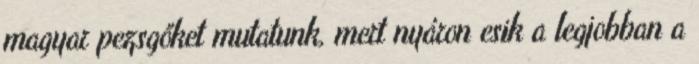
magyar pezsgőket mutatunk, mert nyáron esik a legjobban a